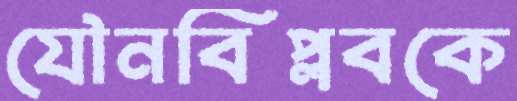
যৌনবিপ্লবকে